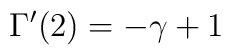
\Gamma^{\prime}(2) = - \gamma + 1